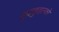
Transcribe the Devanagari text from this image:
कुइकुइल्को